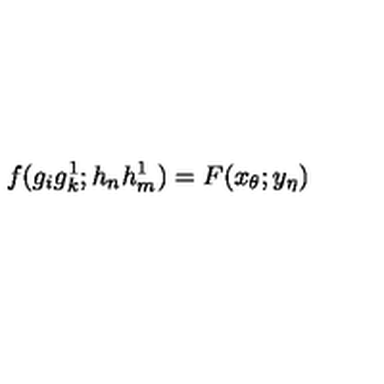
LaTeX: f ( g _ { i } g _ { k } ^ { 1 } ; h _ { n } h _ { m } ^ { 1 } ) = F ( x _ { \theta } ; y _ { \eta } )